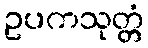
ဥပကသုတ္တံ